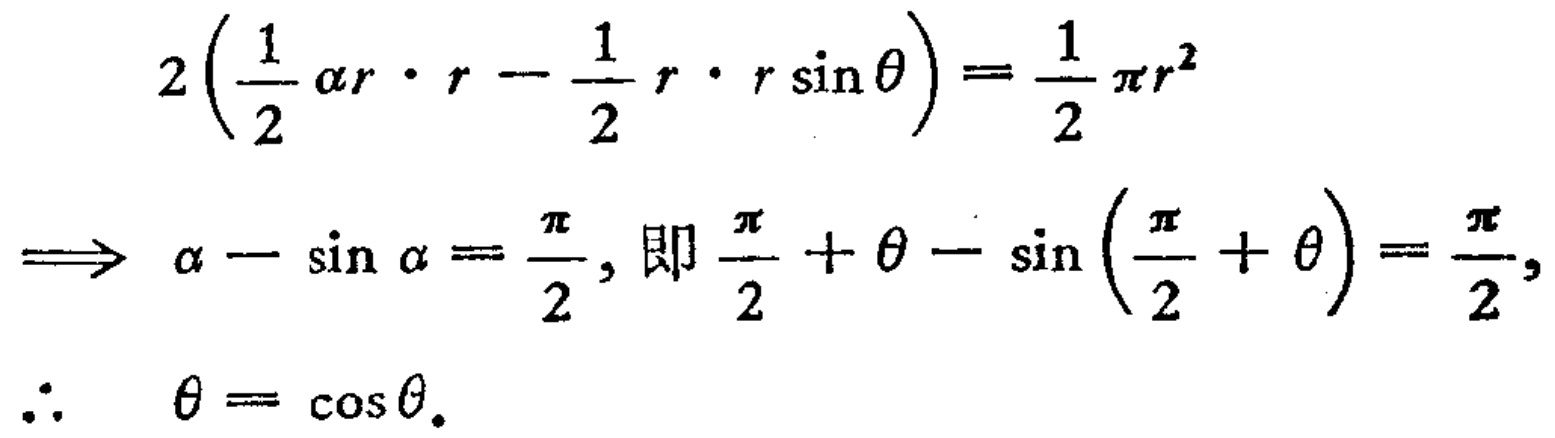
\[
\begin{align*}
&2\left(\frac{1}{2}\alpha r\cdot r - \frac{1}{2}r\cdot r\sin\theta\right)=\frac{1}{2}\pi r^{2}\\
\Longrightarrow& \alpha - \sin\alpha=\frac{\pi}{2}, \text{即 } \frac{\pi}{2}+\theta - \sin\left(\frac{\pi}{2}+\theta\right)=\frac{\pi}{2},\\
\therefore& \theta = \cos\theta.
\end{align*}
\]